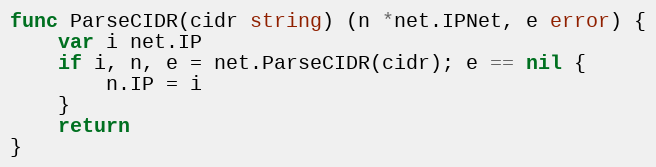
Language: Go
func ParseCIDR(cidr string) (n *net.IPNet, e error) {
	var i net.IP
	if i, n, e = net.ParseCIDR(cidr); e == nil {
		n.IP = i
	}
	return
}